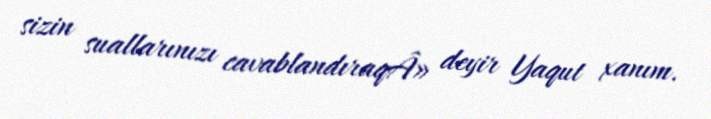
sizin suallarınızı cavablandıraqÂ» deyir Yaqut xanım.